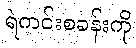
ရဲကင်းစခန်းကို